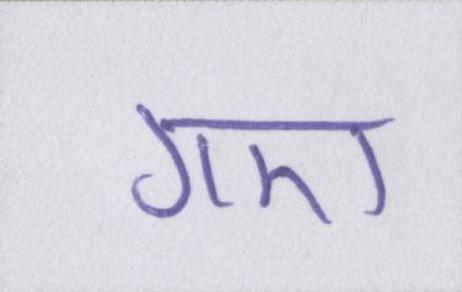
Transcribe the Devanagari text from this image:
गए